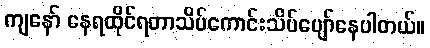
ကျနော် နေရထိုင်ရတာသိပ်ကောင်းသိပ်ပျော်နေပါတယ်။